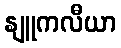
နျူကလီယာ